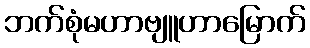
ဘက်စုံမဟာဗျူဟာမြောက်